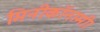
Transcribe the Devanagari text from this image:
मिनीकॉनामी।